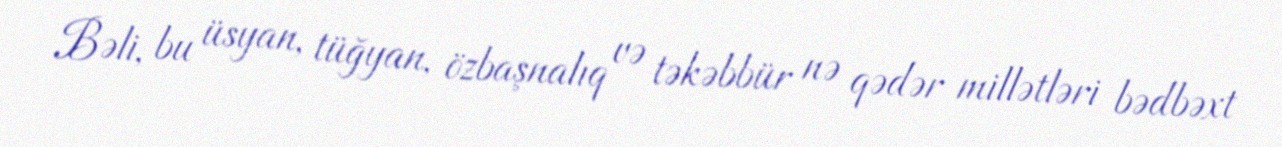
Bəli, bu üsyan, tüğyan, özbaşnalıq və təkəbbür nə qədər millətləri bədbəxt